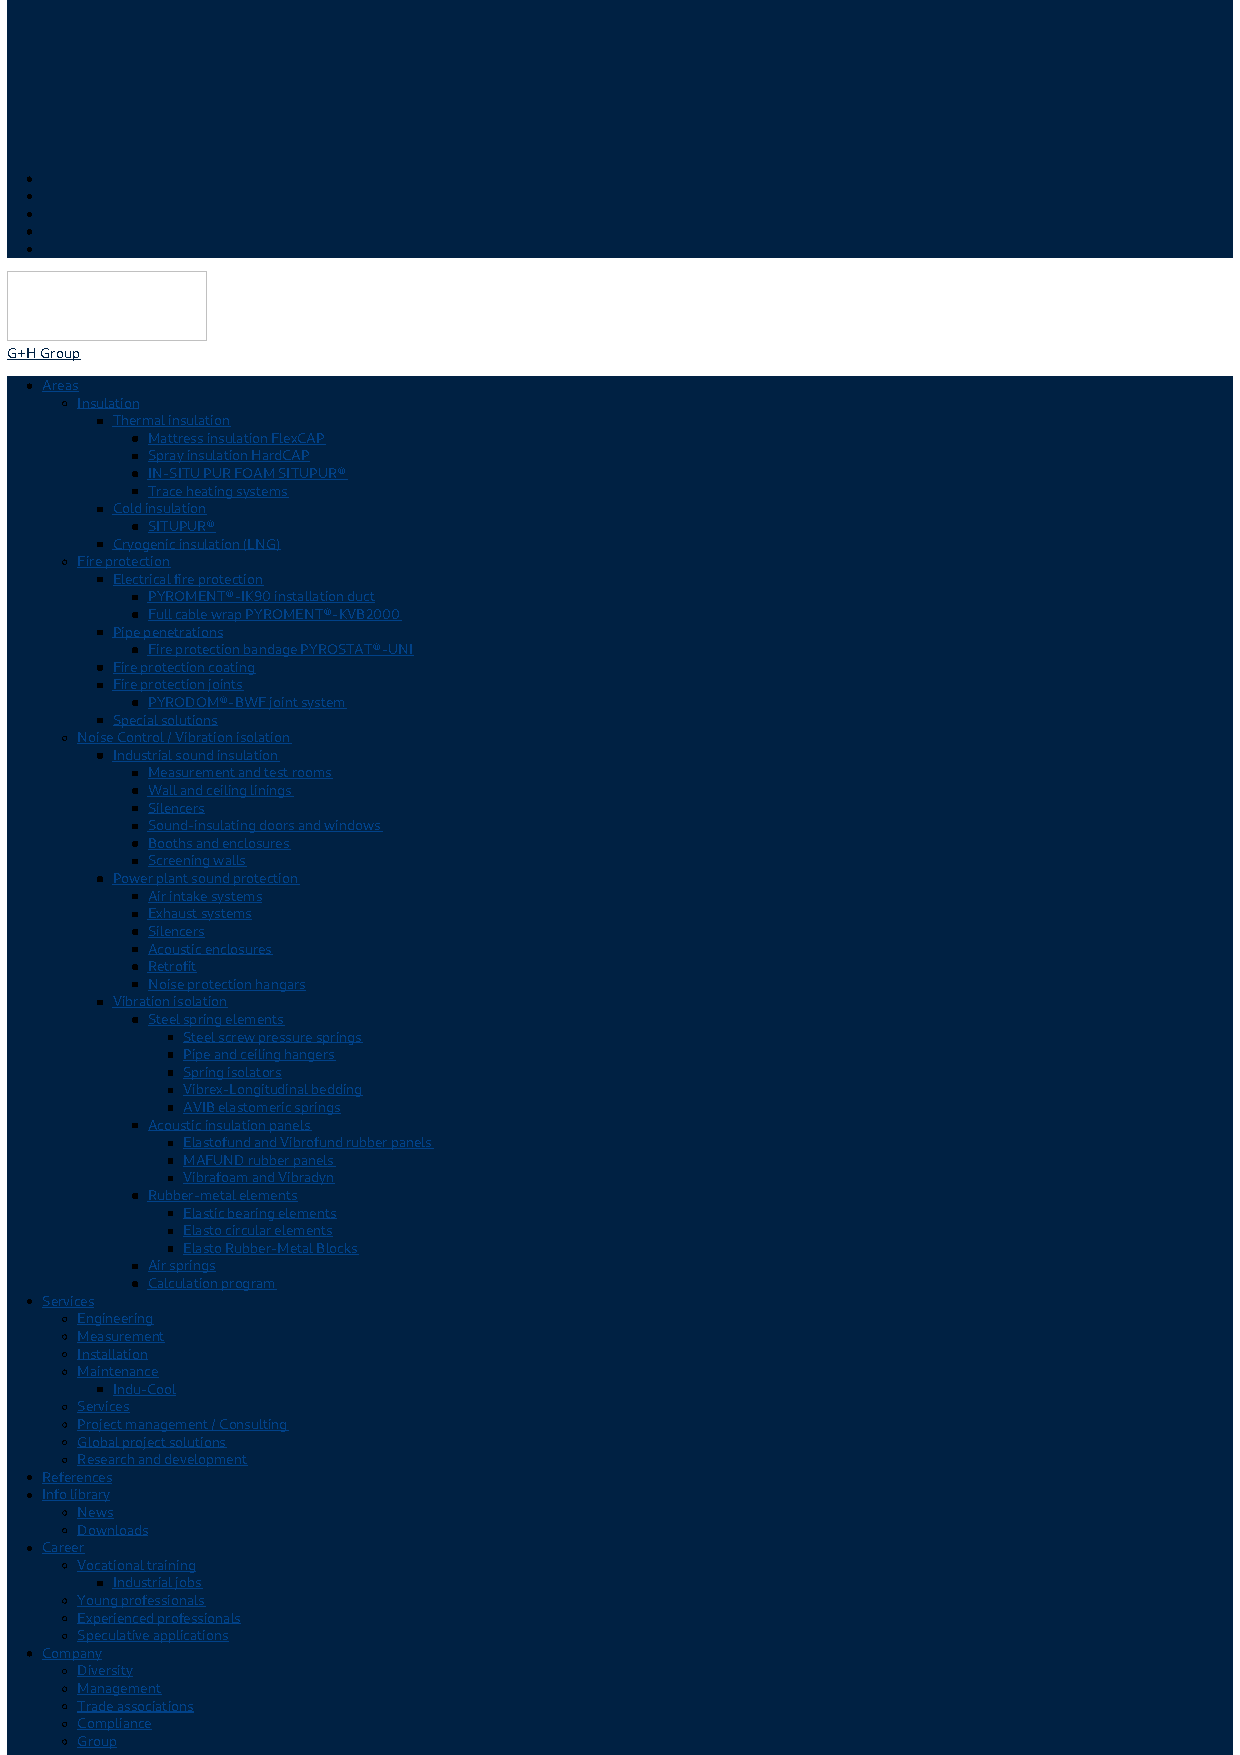
G+H Group
 Areas
 Insulation
 Thermal insulation
 Mattress insulation FlexCAP
 Spray insulation HardCAP
 IN-SITU PUR FOAM SITUPUR®
 Trace heating systems
 Cold insulation
 SITUPUR®
 Cryogenic insulation (LNG)
 Fire protection
 Electrical fire protection
 PYROMENT®-IK90 installation duct
 Full cable wrap PYROMENT®-KVB2000
 Pipe penetrations
 Fire protection bandage PYROSTAT®-UNI
 Fire protection coating
 Fire protection joints
 PYRODOM®-BWF joint system
 Special solutions
 Noise Control / Vibration isolation
 Industrial sound insulation
 Measurement and test rooms
 Wall and ceiling linings
 Silencers
 Sound-insulating doors and windows
 Booths and enclosures
 Screening walls
 Power plant sound protection
 Air intake systems
 Exhaust systems
 Silencers
 Acoustic enclosures
 Retrofit
 Noise protection hangars
 Vibration isolation
 Steel spring elements
 Steel screw pressure springs
 Pipe and ceiling hangers
 Spring isolators
 Vibrex-Longitudinal bedding
 AVIB elastomeric springs
 Acoustic insulation panels
 Elastofund and Vibrofund rubber panels
 MAFUND rubber panels
 Vibrafoam and Vibradyn
 Rubber-metal elements
 Elastic bearing elements
 Elasto circular elements
 Elasto Rubber-Metal Blocks
 Air springs
 Calculation program
 Services
 Engineering
 Measurement
 Installation
 Maintenance
 Indu-Cool
 Services
 Project management / Consulting
 Global project solutions
 Research and development
 References
 Info library
 News
 Downloads
 Career
 Vocational training
 Industrial jobs
 Young professionals
 Experienced professionals
 Speculative applications
 Company
 Diversity
 Management
 Trade associations
 Compliance
 Group